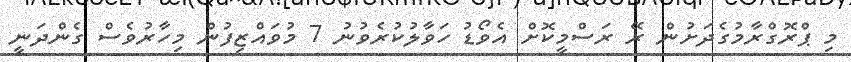
މި ޕްރޮގްރާމުގެދަށުން ރޭ ރަސްމީކޮށް އެވޯޑު ހަވާލުކުރެވުނު 7 މުވައްޒިފުން މިހާރުވެސް ގެންދަނީ